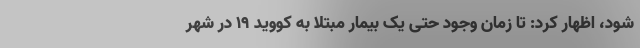
شود، اظهار کرد: تا زمان وجود حتی یک بیمار مبتلا به کووید 19 در شهر